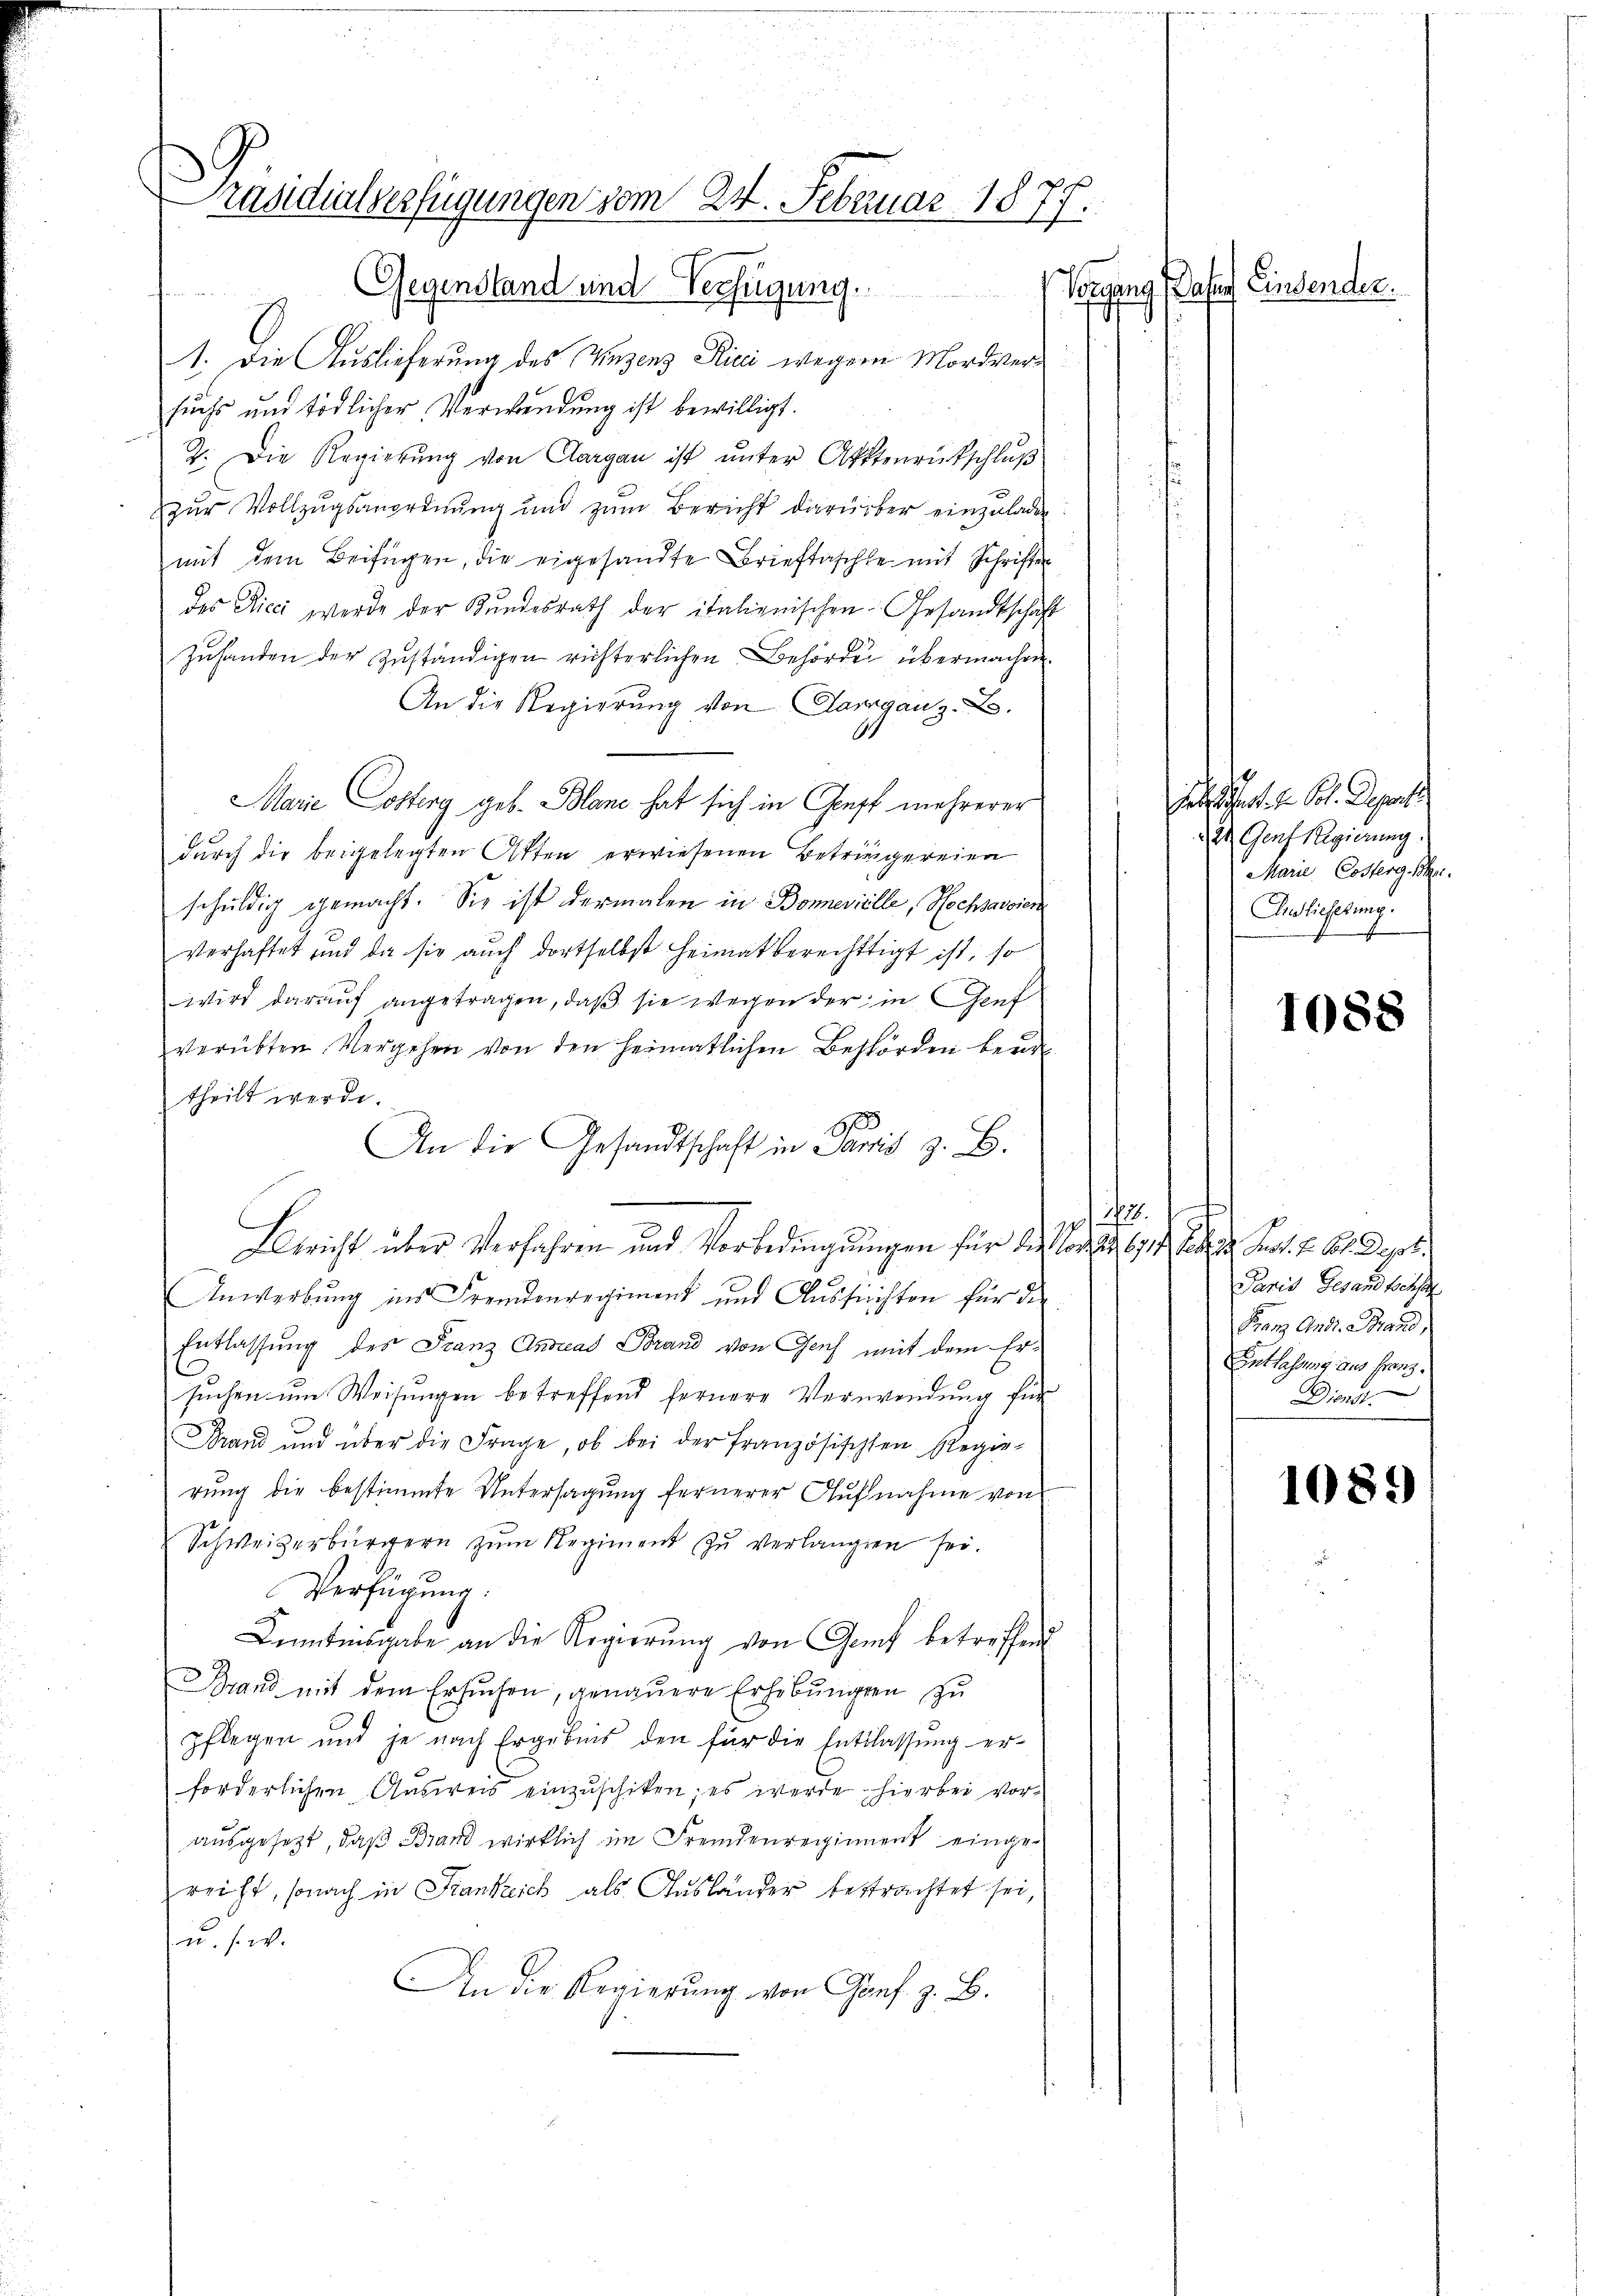
räsidialverfügungen vom 24. Februar 1877.
Gegenstand und Verfügung.
e

d
1. Die Auslieferung des Vinzenz Picii wegen Mordversuchs und tödlicher Verwendung ist bewilligt.
7. Die Regierung von Aargau ist unter Akttenrückschluß
zur Vollzugsanordnung und zum Bericht darüber einzuladen
mit dem Beifügen, die eigesandte Brieftaschte mit Schriften
des Ricc werde der Bundesrath der italienischen Gesandtschäft
Zuhanden der zuständigen richterlichen Behörde übermachen.
An die Regierung von Aargauz.B.
Marie Costerg geb. Blanc hat sich in Gruft mehrerer
durch die beigelegten Atten erwiesenen Betringereien
schuldig gemacht. Sie ist dermalen in Bonnerielle, Hochsaroien
verhaftet und da sie auch dortselbst heimat berechtigt ist, so
wird darauf angetragen, daß sie wegen der in Genf
verübten Vergehen von den heimatlichen Behörden beurl
theilt werde.
100
An die Gesandtschaft in Paris z. B.
.
14
Gericht über Verfahren und Vorbedingungen für die von 17 S. z. B. getr
Anwerbung ins Fremdenregiment und Aussichten für die
Entlassung des Franz Andreas Brand von Genf mit dem Er-
suchen um Weisungen betreffend fernere Verwendung für
Brand und über die Frage, ob bei der französischen Regie-
rŭng die bestimmte Untersagung fernerer Aŭfnahme von
Schweizerbürgern zum Regiment zu verlangen sei.
Verfügung:
Kenntnisgabe an die Regierŭng von Genf betreffend
Brand mit dem Ersuchen, genauere Erhebungen zu
pflegen und je nach Ergebnis den für die Entlassung erforderlichen Aŭsweis einzŭschiken; es werde hierbei vor-
ausgesezt, daß Brand wirklich im Fremdenregiment eingereicht, sonach in Frankreich als Ausländer bestrachtet sei,
u. s. w.
An die Regierŭng von Genf z. B.

Vorgang Basen Einsender.

sehen St. Gegens
 2 Genf Regierung.
Marie Costerg, Sohn
Anslieferung.

1088

Paris Gesandtschs
Franz Andr. Brand,
Entlassung aus Franz.
Dienst.

1089)